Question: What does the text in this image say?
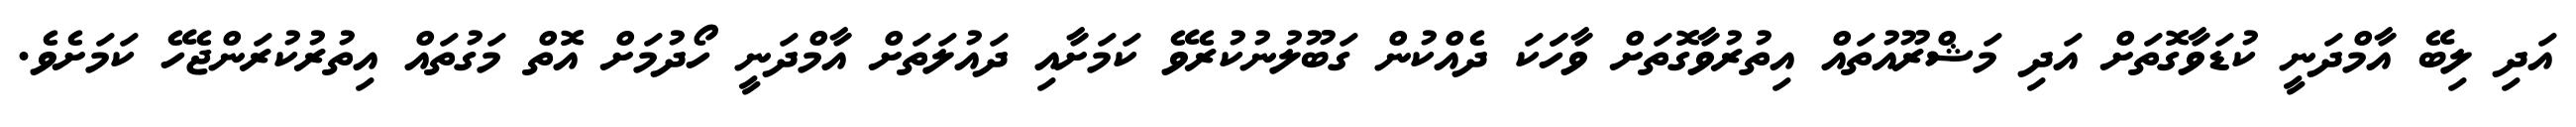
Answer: އަދި ލިބޭ އާމްދަނީ ކުޑަވާގޮތަށް އަދި މަޝްރޫއުތައް އިތުރުވާގޮތަށް ވާހަަކަ ދެއްކުން ގަބޫލުނުކުރެވޭ ކަމަށާއި ދައުލަތަށް އާމްދަނީ ހޯދުމަށް އޮތް މަގުތައް އިތުރުކުރަންޖެހޭ ކަމަށެވެ.